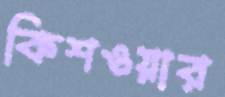
কিশওয়ার